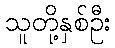
သူတို့နှစ်ဦး